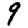
Digit: 9